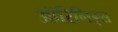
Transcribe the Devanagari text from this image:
ऑरिगिड्स